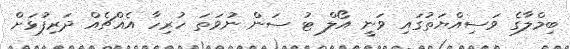
ބިމްލާގެ ވަސިއްޔަތުގައި ވަނީ އޯލް ޓު ސަން ނުވަތަ ހުރިހާ އެއްޗެއް ދަރިފުޅަށް